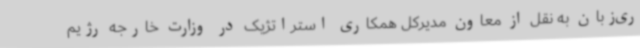
ری‌زبان به نقل از معاون مدیرکل همکاری استراتژیک در وزارت خارجه رژیم